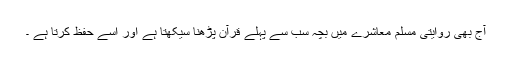
آج بھی روایتی مسلم معاشرے میں بچہ سب سے پہلے قرآن پڑھنا سیکھتا ہے اور اسے حفظ کرتا ہے ۔